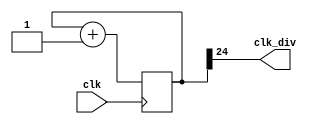
`timescale 1ns / 1ps
module clock_divider(clk,clk_div);
    input clk;
    output clk_div;
    parameter n = 25;
    reg[n-1:0]num = 0;
    wire[n-1:0]next_num;
    always@(posedge clk)begin
        num <= next_num;
    end
    assign next_num = num + 1;
    assign clk_div = num[n-1];
endmodule

module lab3_2(
    input clk,
    input rst,
    input en,
    input speed,
    input dir,
    output [15:0] led
);
    wire clk_div24, clk_div26,  clk_div0,  clk_div1;
    reg [2:0] cnt = 3'b0, nxt_cnt = 3'b0;
    reg [3:0] cnt_on_of = 4'b0, nxt_cnt_on_of = 4'b0;
    reg [2-1: 0] counter;
    reg [15:0] LED = 16'b0;
    reg [2:0] state, nxt_state;
    reg flag = 1'b0, judge = 1'b0, clear = 1'b0;
    parameter regular_mode = 3'd0;
    parameter escape_mode = 3'd1;
    parameter shining_mode = 3'd2;

    clock_divider #(24) div1(.clk(clk), .clk_div(clk_div24));
    always@(posedge clk_div24)begin
        counter <= counter+1;
    end
    assign clk_div26 = counter[1]; 
    assign clk_div0 = (speed) ? clk_div26 : clk_div24;
    assign clk_div1 = (speed) ? clk_div24 : clk_div26;
    

    always @(posedge clk_div1, posedge rst) begin
        if(rst) state = regular_mode;
        else state = nxt_state;
    end

    always @* begin
        nxt_state = state;
        if(rst) nxt_state = regular_mode;
        case (state)
            regular_mode: begin
                if(clear && LED == 16'b0) clear = 1'b0;
                else if(judge) begin
                    nxt_state = escape_mode;
                end
                else nxt_state = regular_mode;
            end
            escape_mode: begin
                if(LED == 16'b1111111111111111 && dir) begin
                    nxt_state = regular_mode;
                    clear = 1'b1;
                end
                else if(LED == 16'b0 && flag) nxt_state = shining_mode;
                else nxt_state = escape_mode;
            end
            shining_mode: begin
                if(cnt_on_of == 4'd9) begin
                    nxt_state = regular_mode;
                end
                else nxt_state = shining_mode;
            end
        endcase
    end

    always @* begin
        if(rst) begin
            cnt = 3'b0;
            cnt_on_of = 4'b0;
        end
        else begin
            cnt = nxt_cnt;
            cnt_on_of = nxt_cnt_on_of;
            if(state == regular_mode) cnt_on_of = 4'b0;
            else if(state == escape_mode) begin
                cnt_on_of = 4'b0;
                cnt = 3'b0;
            end
            else if(state == shining_mode) cnt = 3'b0;
        end
    end

    always @(posedge clk_div1, posedge rst) begin
        if(rst) begin
            nxt_cnt = 3'b0;
            nxt_cnt_on_of = 4'b0;            
        end 
        else if(state == regular_mode && LED == 16'b1111111111111111 && !clear) begin
            nxt_cnt_on_of = 4'b0;
            if(nxt_cnt != 3'd4) nxt_cnt = nxt_cnt + 1;
            else nxt_cnt = 3'b0;                
        end else if(state == regular_mode && clear) begin
            nxt_cnt = nxt_cnt;
        end else if(state == shining_mode) begin
            nxt_cnt = 3'b0;
            if(en) begin
                if(nxt_cnt_on_of != 4'd10) nxt_cnt_on_of = nxt_cnt_on_of + 1;
                else nxt_cnt_on_of = 4'b0;
            end
            else nxt_cnt_on_of = nxt_cnt_on_of;
        end else if(state == escape_mode) begin
            nxt_cnt = 3'b0;
            nxt_cnt_on_of = 4'b0;
        end else begin
            nxt_cnt = nxt_cnt;
            nxt_cnt_on_of = nxt_cnt_on_of;    
        end
    end

    always @(posedge clk_div1, posedge rst) begin
        if(rst) begin
            LED = 16'b0;
            flag = 0;
            judge = 0;
        end else begin
            case (state)
                regular_mode: begin
                    flag = 0;
                    if(en && !judge && !clear) begin
                        if(LED == 16'b1111111111111111) LED = 16'b0;
                        else if(LED == 16'b0) begin
                            LED = 16'b1000100010001000;
                        end else if(LED == 16'b1000100010001000) begin
                            LED = 16'b1100110011001100;
                        end else if(LED == 16'b1100110011001100) begin
                            LED = 16'b1110111011101110;
                        end else if(LED == 16'b1110111011101110) begin
                            LED = 16'b1111111111111111;
                            if(cnt == 3'd2) judge = 1;
                        end
                    end
                    else if(en && !judge && clear) begin
                        LED = 16'b0;
                    end
                    else LED = LED;
                end
                escape_mode: begin
                    judge = 0;
                    flag = 0;
                    if(en && !dir) begin
                        if(LED[15]) begin
                            LED[15] = 0;
                            LED[14] = 0;
                        end else if(LED[13]) begin
                            LED[13] = 0;
                            LED[12] = 0;
                        end else if(LED[11]) begin
                            LED[11] = 0;
                            LED[10] = 0;
                        end else if(LED[9]) begin
                            LED[9] = 0;
                            LED[8] = 0;
                        end else if(LED[7]) begin
                            LED[7] = 0;
                            LED[6] = 0;
                        end else if(LED[5]) begin
                            LED[5] = 0;
                            LED[4] = 0;
                        end else if(LED[3]) begin
                            LED[3] = 0;
                            LED[2] = 0;
                        end else if(LED[1]) begin
                            LED[1] = 0;
                            LED[0] = 0;
                            flag = 1;
                        end else LED = LED;
                    end else if(en && dir) begin
                        if(!LED[0]) begin
                            LED[0] = 1;
                            LED[1] = 1;
                        end else if(!LED[2]) begin
                            LED[2] = 1;
                            LED[3] = 1;
                        end else if(!LED[4]) begin
                            LED[4] = 1;
                            LED[5] = 1;
                        end else if(!LED[6]) begin
                            LED[6] = 1;
                            LED[7] = 1;
                        end else if(!LED[8]) begin
                            LED[8] = 1;
                            LED[9] = 1;
                        end else if(!LED[10]) begin
                            LED[10] = 1;
                            LED[11] = 1;
                        end else if(!LED[12]) begin
                            LED[12] = 1;
                            LED[13] = 1;
                        end else if(!LED[14]) begin
                            LED[14] = 1;
                            LED[15] = 1;
                            flag = 1;
                        end else begin
                            LED = LED;
                        end
                    end else LED = LED;
                end
                shining_mode: begin
                    flag = 0;
                    if(en) begin
                        if(LED == 16'b1111111111111111) LED = 16'b0;
                        else if(LED == 16'b0) LED = 16'b1111111111111111;
                    end else LED = LED;
                end
                default: LED = LED;
            endcase
        end

    end
    assign led = LED;
endmodule